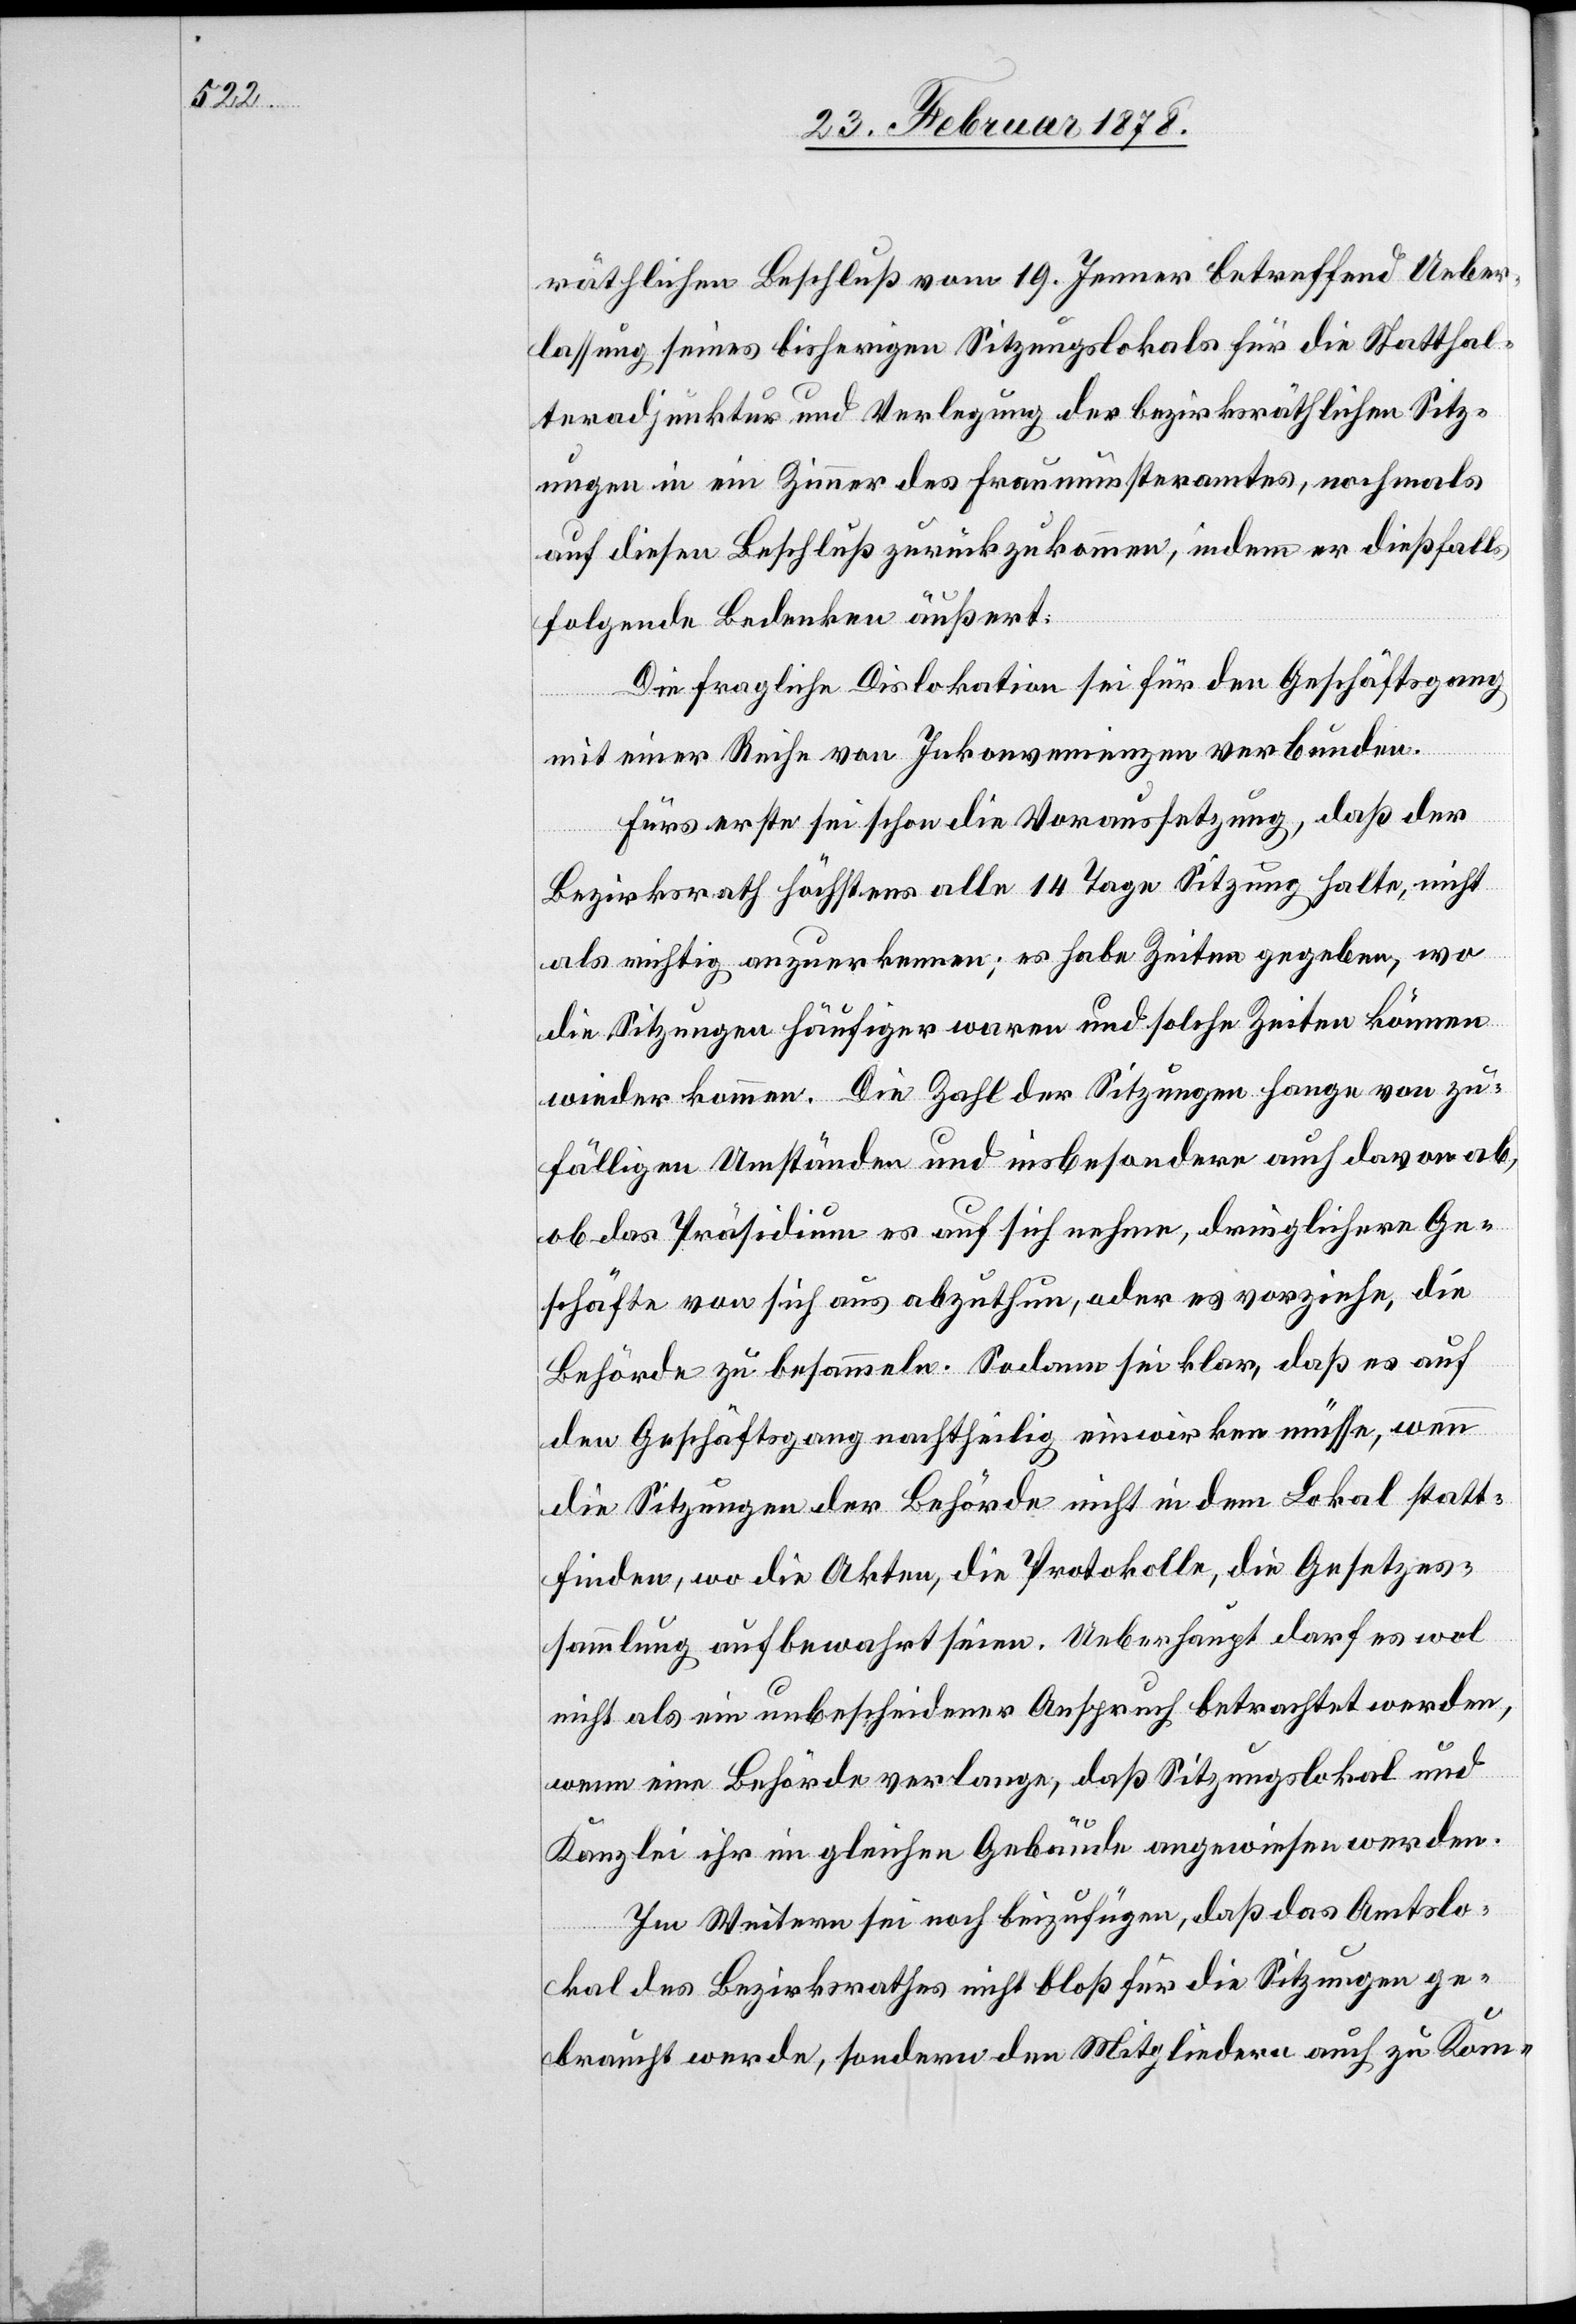
räthlichen Beschluß vom 19. Jenner betreffend Ueber¬
lassung seines bisherigen Sitzungslokals für die Statthal¬
teradjunktur und Verlegung der bezirksräthlichen Sitz¬
ungen in ein Zimmer des Fraumünsteramtes, nochmals
auf diesen Beschluß zurückzukommen, indem er dießfalls
folgende Bedenken äußert.
Die fragliche Dislokation sei für den Geschäftsgang
mit einer Reihe von Inkonvenienzen verbunden.
Fürs erste sei schon die Voraussetzung, daß der
Bezirksrath höchstens alle 14 Tage Sitzung halte, nicht
als richtig anzuerkennen; es habe Zeiten gegeben, wo
die Sitzungen häufiger waren und solche Zeiten können
wieder kommen. Die Zahl der Sitzungen hange von zu¬
fälligen Umständen und insbesondere auch davon ab,
ob das Präsidium es auf sich nehme, dringlichere Ge¬
schäfte von sich aus abzuthun, oder es vorziehe, die
Behörde zu besammeln. Sodann sei klar, daß es auf
den Geschäftsgang nachtheilig einwirken müsse, wenn
die Sitzungen der Behörde nicht in dem Lokal statt¬
finden, wo die Akten, die Protokolle, die Gesetzes¬
sammlung aufbewahrt seien. Ueberhaupt darf es wol
nicht als ein unbescheidener Anspruch betrachtet werden,
wenn eine Behörde verlange, daß Sitzungslokal und
Kanzlei ihr im gleichen Gebäude angewiesen werden.
Im Weitern sei noch beizufügen, daß das Amtslo¬
kal des Bezirksrathes nicht bloß für die Sitzungen ge¬
braucht werde, sondern den Mitgliedern auch zu Kom-